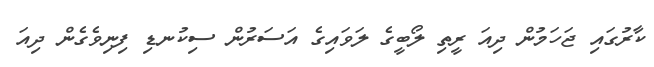
ކާރުގައި ޖަހަމުން ދިއަ ރީތި ލޯބީގެ ލަވައިގެ އަސަރުން ސިކުނޑި ފިނިވެގެން ދިއަ